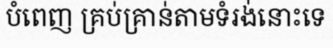
បំពេញ គ្រប់គ្រាន់តាមទំរង់នោះទេ